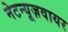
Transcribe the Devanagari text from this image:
नेटन्यूज़वायर